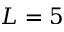
L = 5